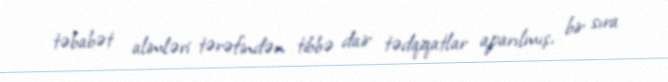
təbabət alimləri tərəfindən tibbə dair tədqiqatlar aparılmış, bir sıra